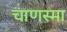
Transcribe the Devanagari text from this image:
चाणस्मा